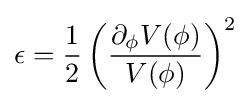
\epsilon ={\frac {1}{2}}\left({\frac {\partial _{\phi }V(\phi )}{V(\phi )}}\right)^{2}